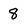
Character: 8